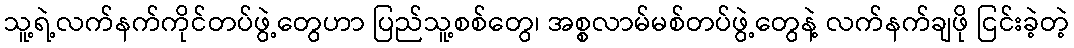
သူ့ရဲ့လက်နက်ကိုင်တပ်ဖွဲ့တွေဟာ ပြည်သူ့စစ်တွေ၊ အစ္စလာမ်မစ်တပ်ဖွဲ့တွေနဲ့ လက်နက်ချဖို ငြင်းခဲ့တဲ့